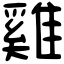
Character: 雞